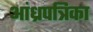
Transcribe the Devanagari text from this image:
आंध्रपत्रिका